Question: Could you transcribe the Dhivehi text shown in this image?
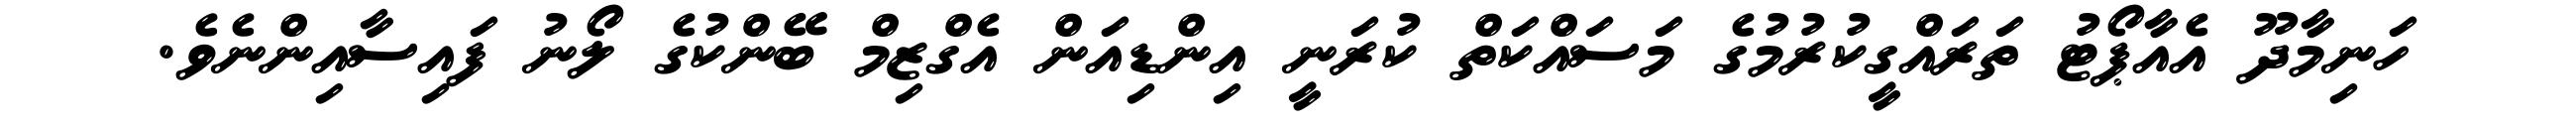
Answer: ހަނިމާދޫ އެއާޕޯޓު ތަރައްގީކުރުމުގެ މަސައްކަތް ކުރަނީ އިންޑިއަން އެގްޒިމް ބޭންކުގެ ލޯނު ފައިސާއިންނެވެ.